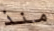
منذ